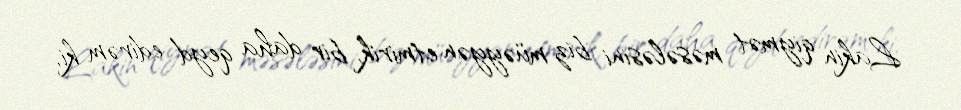
Lakin qiymət məsələsini biz müəyyən etmirik, bir daha qeyd edirəm ki,